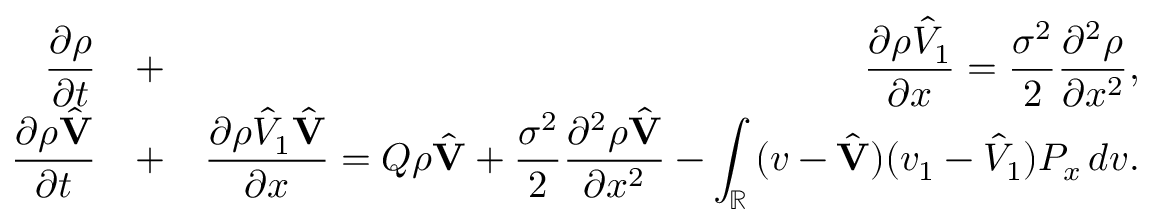
\begin{array} { r l r } { \displaystyle { \frac { \partial \rho } { \partial t } } } & { + } & { \displaystyle { \frac { \partial \rho \hat { V } _ { 1 } } { \partial x } } = \frac { \sigma ^ { 2 } } { 2 } \displaystyle { \frac { \partial ^ { 2 } \rho } { \partial x ^ { 2 } } } , } \\ { \displaystyle { \frac { \partial \rho \hat { \bf V } } { \partial t } } } & { + } & { \displaystyle { \frac { \partial \rho \hat { V } _ { 1 } \hat { \bf V } } { \partial x } } = Q \rho \hat { \bf V } + \frac { \sigma ^ { 2 } } { 2 } \displaystyle { \frac { \partial ^ { 2 } \rho \hat { \bf V } } { \partial x ^ { 2 } } } - \int _ { \mathbb R } \, ( v - \hat { \bf V } ) ( v _ { 1 } - \hat { V } _ { 1 } ) P _ { x } \, d v . } \end{array}